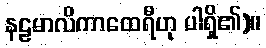
နဠမာလိကာထေရီဟု ပါရှိ၏)။